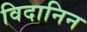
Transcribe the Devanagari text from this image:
विदानिन